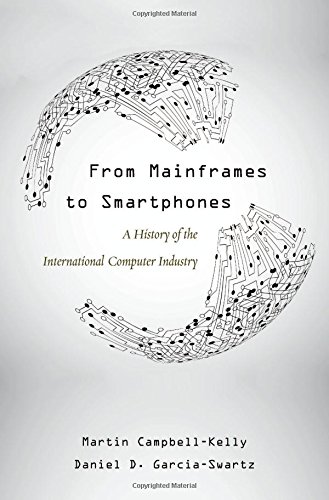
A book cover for From Mainframes to Smartphones: A History of the International Computer Industry (Critical Issues in Business History); Martin Campbell-Kelly; Computers & Technology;